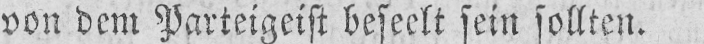
von dem Parteigeist beseelt sein sollten.